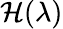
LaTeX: \mathcal{H}(\lambda)